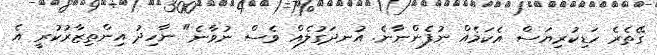
ގޭތެރެ ހަޑިކުރިޔަސް އެކަމެއް ނުފެންނާނެ. އުނދަގުލެއް ވެސް ނުވާނެ" ނާހިދު އިންތިޒާރުކުރީ އެ